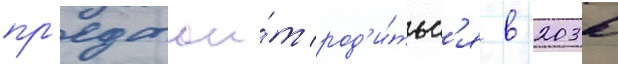
пр'едстои́т род'и́тьс'я в 2036